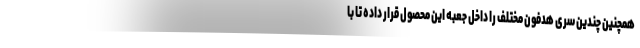
همچنین چندین سری هدفون مختلف را داخل جعبه این محصول قرار داده تا با